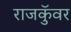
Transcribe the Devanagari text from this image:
राजकुॅवर